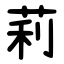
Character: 莉